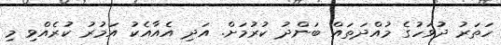
ހަތަރު ދުވަހުގެ މުއްދަތައް ބަންދު ކުރުމަށް. އަދި އެއާއެކު އަމުރު ކުރެއްވި މި